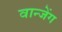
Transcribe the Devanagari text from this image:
वान्जेंग